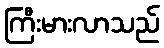
ကြီးမားလာသည်